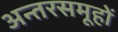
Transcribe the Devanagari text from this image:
अन्तरसमूहों